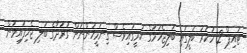
ޓައިޕް 2 ހަކުރު ބަލީގައި ބަލިޖެހުމުގެ ކުރީގައިވެސް ގިނަމީހުންނަށް ގުރުދާގެ ބަލި ޖެހިފައިވުން